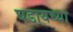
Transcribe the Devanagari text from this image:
घडायच्या